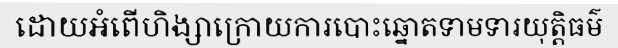
ដោយអំពើហិង្សាក្រោយការបោះឆ្នោតទាមទារយុត្តិធម៌